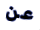
عن